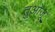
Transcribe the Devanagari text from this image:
तुओजू